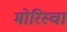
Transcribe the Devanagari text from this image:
मोरिस्चा